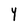
Character: Y